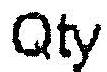
QTY